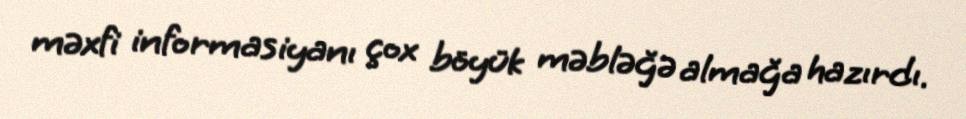
məxfi informasiyanı çox böyük məbləğə almağa hazırdı.